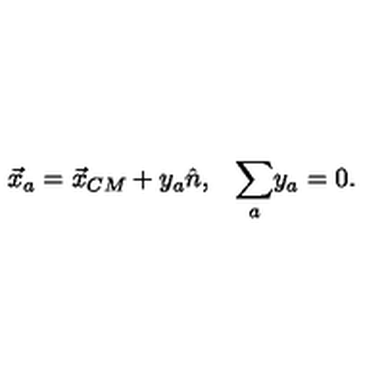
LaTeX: \begin{array} { c c } { \vec { x } _ { a } = \vec { x } _ { C M } + y _ { a } \hat { n } , } & { \displaystyle { \sum _ { a } } y _ { a } = 0 . } \\ \end{array}